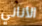
الأناني